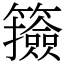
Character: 籡